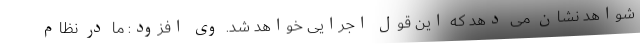
شواهد نشان می دهد که این قول اجرایی خواهد شد. وی افزود: ما در نظام